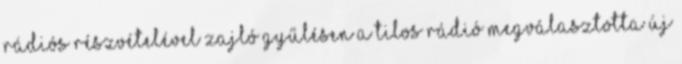
rádiós részvételével zajló gyűlésen a Tilos Rádió megválasztotta új